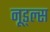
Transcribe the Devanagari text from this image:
नूड्ल्स